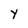
Character: Y